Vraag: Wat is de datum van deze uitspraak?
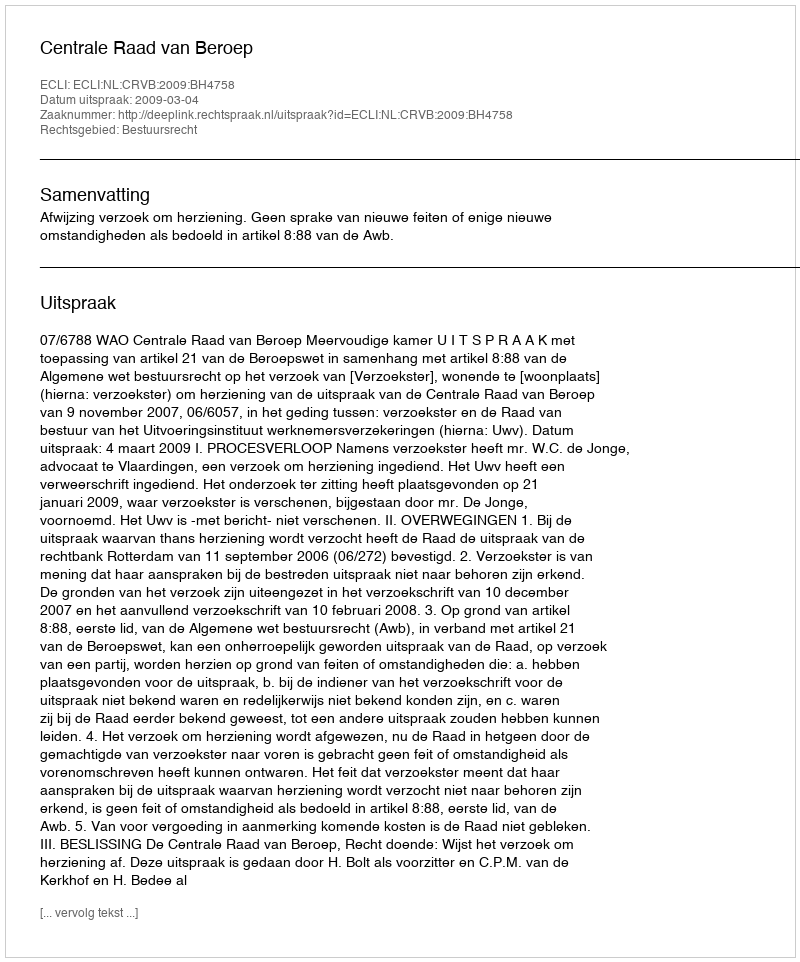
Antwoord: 2009-03-04